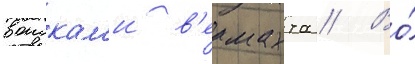
воискам'и в'ермахта // Во́